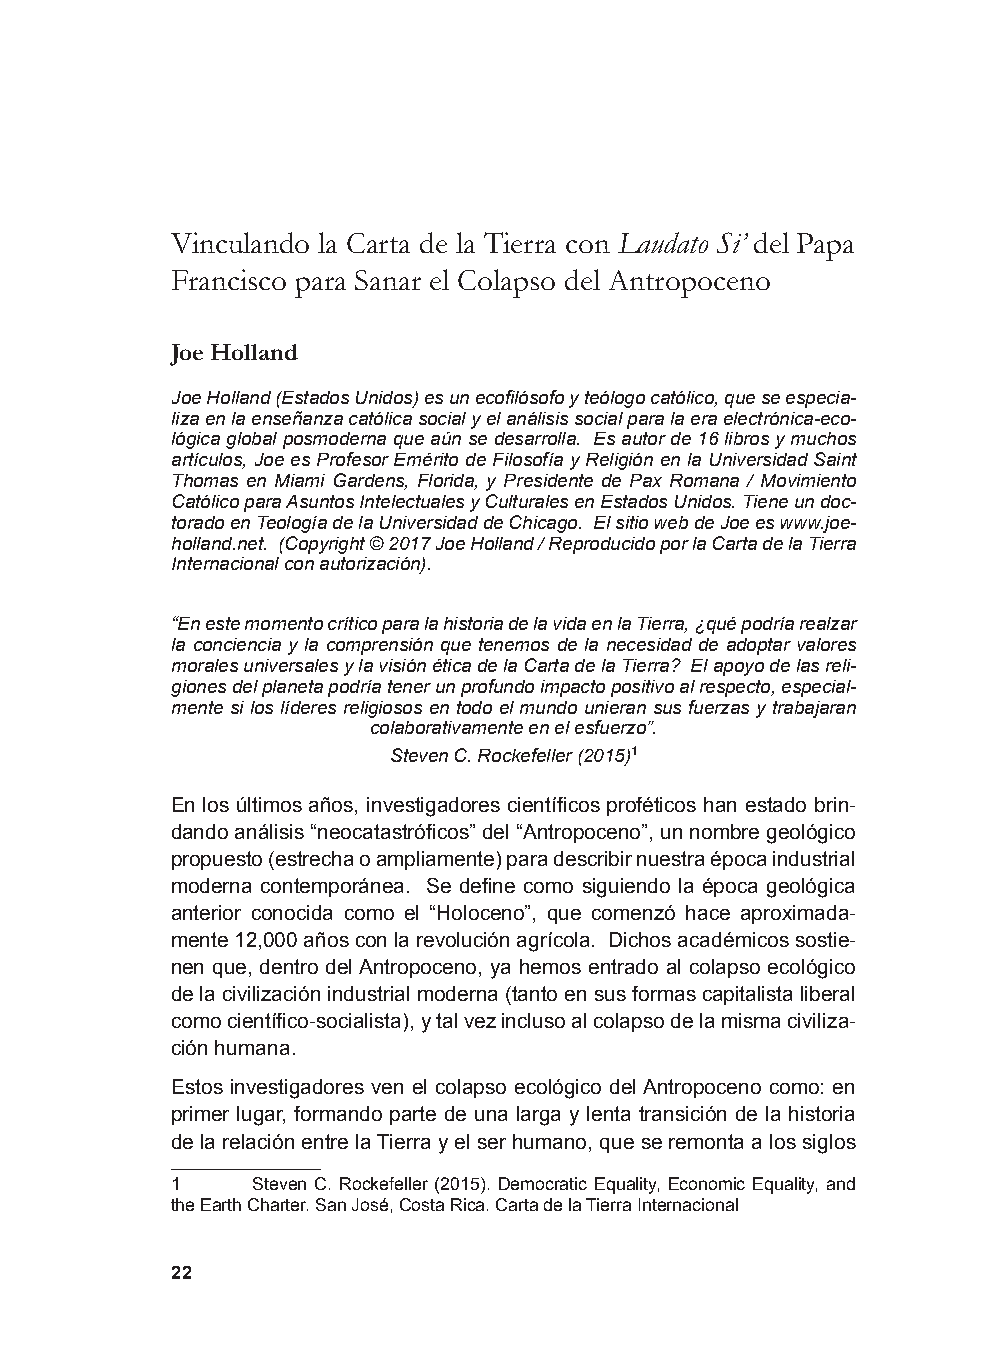
Vinculando la Carta de la Tierra con Laudato Si’ del Papa
 Francisco para Sanar el Colapso del Antropoceno
 Joe Holland
 Joe Holland (Estados Unidos) es un ecofilósofo y teólogo católico, que se especia-
 liza en la enseñanza católica social y el análisis social para la era electrónica-eco-
 lógica global posmoderna que aún se desarrolla. Es autor de 16 libros y muchos
 artículos, Joe es Profesor Emérito de Filosofía y Religión en la Universidad Saint
 Thomas en Miami Gardens, Florida, y Presidente de Pax Romana / Movimiento
 Católico para Asuntos Intelectuales y Culturales en Estados Unidos. Tiene un doc-
 torado en Teología de la Universidad de Chicago. El sitio web de Joe es www.joe-
 holland.net. (Copyright © 2017 Joe Holland / Reproducido por la Carta de la Tierra
 Internacional con autorización).
 “En este momento crítico para la historia de la vida en la Tierra, ¿qué podría realzar
 la conciencia y la comprensión que tenemos de la necesidad de adoptar valores
 morales universales y la visión ética de la Carta de la Tierra? El apoyo de las reli-
 giones del planeta podría tener un profundo impacto positivo al respecto, especial-
 mente si los líderes religiosos en todo el mundo unieran sus fuerzas y trabajaran
 colaborativamente en el esfuerzo”.
 Steven C. Rockefeller (2015)1
 En los últimos años, investigadores científicos proféticos han estado brin-
 dando análisis “neocatastróficos” del “Antropoceno”, un nombre geológico
 propuesto (estrecha o ampliamente) para describir nuestra época industrial
 moderna contemporánea. Se define como siguiendo la época geológica
 anterior conocida como el “Holoceno”, que comenzó hace aproximada-
 mente 12,000 años con la revolución agrícola. Dichos académicos sostie-
 nen que, dentro del Antropoceno, ya hemos entrado al colapso ecológico
 de la civilización industrial moderna (tanto en sus formas capitalista liberal
 como científico-socialista), y tal vez incluso al colapso de la misma civiliza-
 ción humana.
 Estos investigadores ven el colapso ecológico del Antropoceno como: en
 primer lugar, formando parte de una larga y lenta transición de la historia
 de la relación entre la Tierra y el ser humano, que se remonta a los siglos
 1     Steven C. Rockefeller (2015). Democratic Equality, Economic Equality, and
 the Earth Charter. San José, Costa Rica. Carta de la Tierra Internacional
 22